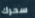
سحرك